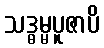
သဒ္ဓမ္မပူဇာပိ